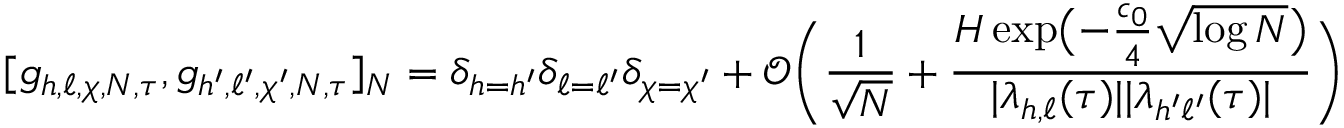
[ g _ { h , \ell , \chi , N , \tau } , g _ { h ^ { \prime } , \ell ^ { \prime } , \chi ^ { \prime } , N , \tau } ] _ { N } = \delta _ { h = h ^ { \prime } } \delta _ { \ell = \ell ^ { \prime } } \delta _ { \chi = \chi ^ { \prime } } + \mathcal { O } \biggl ( \frac { 1 } { \sqrt { N } } + \frac { H \exp \bigl ( - \frac { c _ { 0 } } { 4 } \sqrt { \log N } \bigr ) } { | \lambda _ { h , \ell } ( \tau ) | | \lambda _ { h ^ { \prime } \ell ^ { \prime } } ( \tau ) | } \biggr )